Civil Veterinary Department Bihar & Orissa reports 1929-36 - 1929-1936
Year: 1929
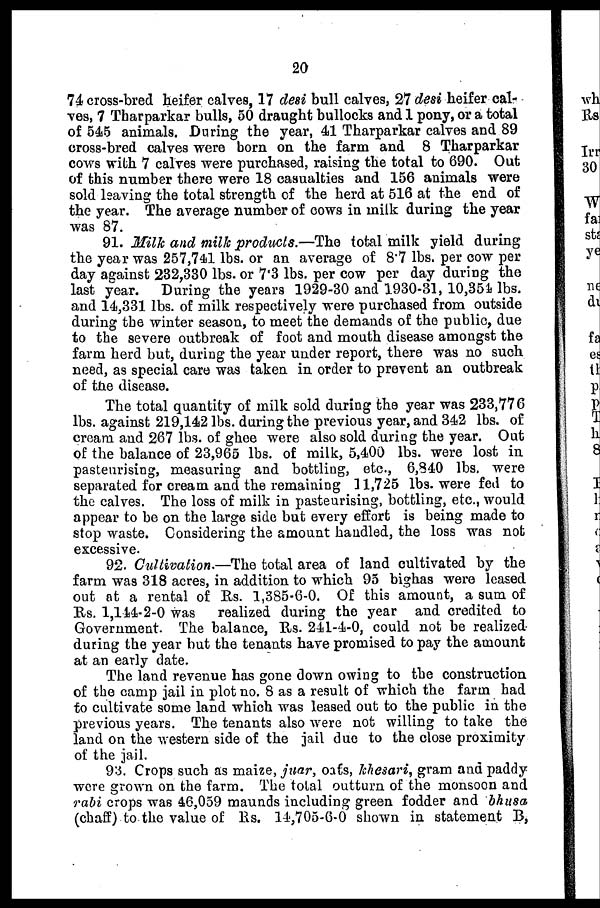
20
74 cross-bred heifer calves, 17 desi bull calves, 27 desi heifer cal-
ves, 7 Tharparkar bulls, 50 draught bullocks and 1 pony, or a total
of 545 animals. During the year, 41 Tharparkar calves and 89
cross-bred calves were born on the farm and 8 Tharparkar
cows with 7 calves were purchased, raising the total to 690. Out
of this number there were 18 casualties and 156 animals were
sold leaving the total strength of the herd at 516 at the end of
the year. The average number of cows in milk during the year
was 87.
91. Milk and milk products.—The total milk yield during
the year was 257,741 lbs. or an average of 8.7 lbs. per cow per
day against 232,330 lbs. or 7.3 lbs. per cow per day during the
last year. During the years 1929-30 and 1930-31, 10,354 lbs.
and 14,331 lbs. of milk respectively were purchased from outside
during the winter season, to meet the demands of the public, due
to the severe outbreak of foot and mouth disease amongst the
farm herd but, during the year under report, there was no such
need, as special care was taken in order to prevent an outbreak
of the disease.
The total quantity of milk sold during the year was 233,776
lbs. against 219,142 lbs. during the previous year, and 342 lbs. of
cream and 267 lbs. of ghee were also sold during the year. Out
of the balance of 23,965 lbs. of milk, 5,400 lbs. were lost in
pasteurising, measuring and bottling, etc., 6,840 lbs. were
separated for cream and the remaining 11,725 lbs. were fed to
the calves. The loss of milk in pasteurising, bottling, etc., would
appear to be on the large side but every effort is being made to
stop waste. Considering the amount handled, the loss was nob
excessive.
92. Cultivation.—The total area of land cultivated by the
farm was 318 acres, in addition to which 95 bighas were leased
out at a rental of Rs. 1,385-6-0. Of this amount, a sum of
Rs. 1,144-2-0 was realized during the year and credited to
Government. The balance, Rs. 241-4-0, could not be realized-
during the year but the tenants have promised to pay the amount
at an early date.
The land revenue has gone down owing to the construction
of the camp jail in plot no. 8 as a result of which the farm had
to cultivate some land which was leased out to the public in the
previous years. The tenants also were not willing to take the
land on the western side of the jail due to the close proximity
of the jail.
93. Crops such as maize, juar, oats, khesari, gram and paddy
were grown on the farm. The total outturn of the monsoon and
rabi crops was 46,059 maunds including green fodder and bhusa
(chaff) to the value of Rs. 14,705-6-0 shown in statement B,